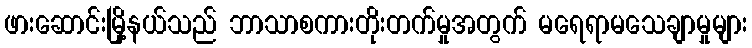
ဖားဆောင်းမြို့နယ်သည် ဘာသာစကားတိုးတက်မှုအတွက် မရေရာမသေချာမှုများ